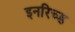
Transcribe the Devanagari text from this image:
इनरिच्ड